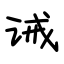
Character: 诫